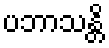
ပဘာသန္တိ